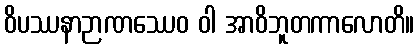
ဝိပဿနာဉာဏဿေဝ ဝါ အာဝိဘူတကာလောတိ။